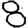
Digit: 8